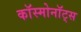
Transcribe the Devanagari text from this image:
काॅस्मोनाॅट्स